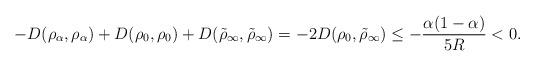
LaTeX: \begin{align*}-D(\rho_{\alpha},\rho_{\alpha}) + D(\rho_{0},\rho_{0}) + D(\tilde{\rho}_{\infty},\tilde{\rho}_{\infty}) = -2D(\rho_{0},\tilde{\rho}_{\infty})\leq -\frac{\alpha(1-\alpha)}{5R}<0.\end{align*}